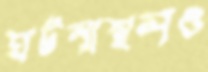
ঘটনাস্থলও